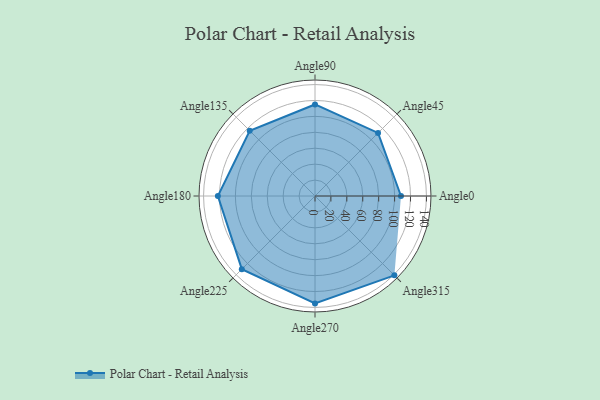
{"axis": {"x": "Angle", "y": "Radius"}, "legend": [""], "data": [{"x": "Angle0", "y": 108.0, "type": ""}, {"x": "Angle45", "y": 112.0, "type": ""}, {"x": "Angle90", "y": 115.0, "type": ""}, {"x": "Angle135", "y": 116.0, "type": ""}, {"x": "Angle180", "y": 122.0, "type": ""}, {"x": "Angle225", "y": 130.0, "type": ""}, {"x": "Angle270", "y": 135.0, "type": ""}, {"x": "Angle315", "y": 141.0, "type": ""}]}